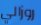
روزالي